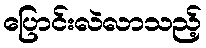
ပြောင်းလဲလာသည့်